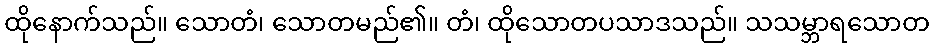
ထိုနောက်သည်။ သောတံ၊ သောတမည်၏။ တံ၊ ထိုသောတပသာဒသည်။ သသမ္ဘာရသောတ